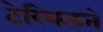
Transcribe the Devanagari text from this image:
टेरिबलने